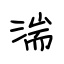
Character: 湍